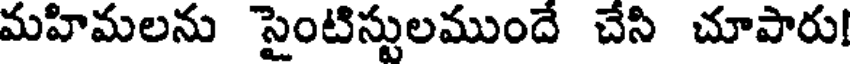
మహిమలను సైంటిస్టులముందే చేసి చూపారు!